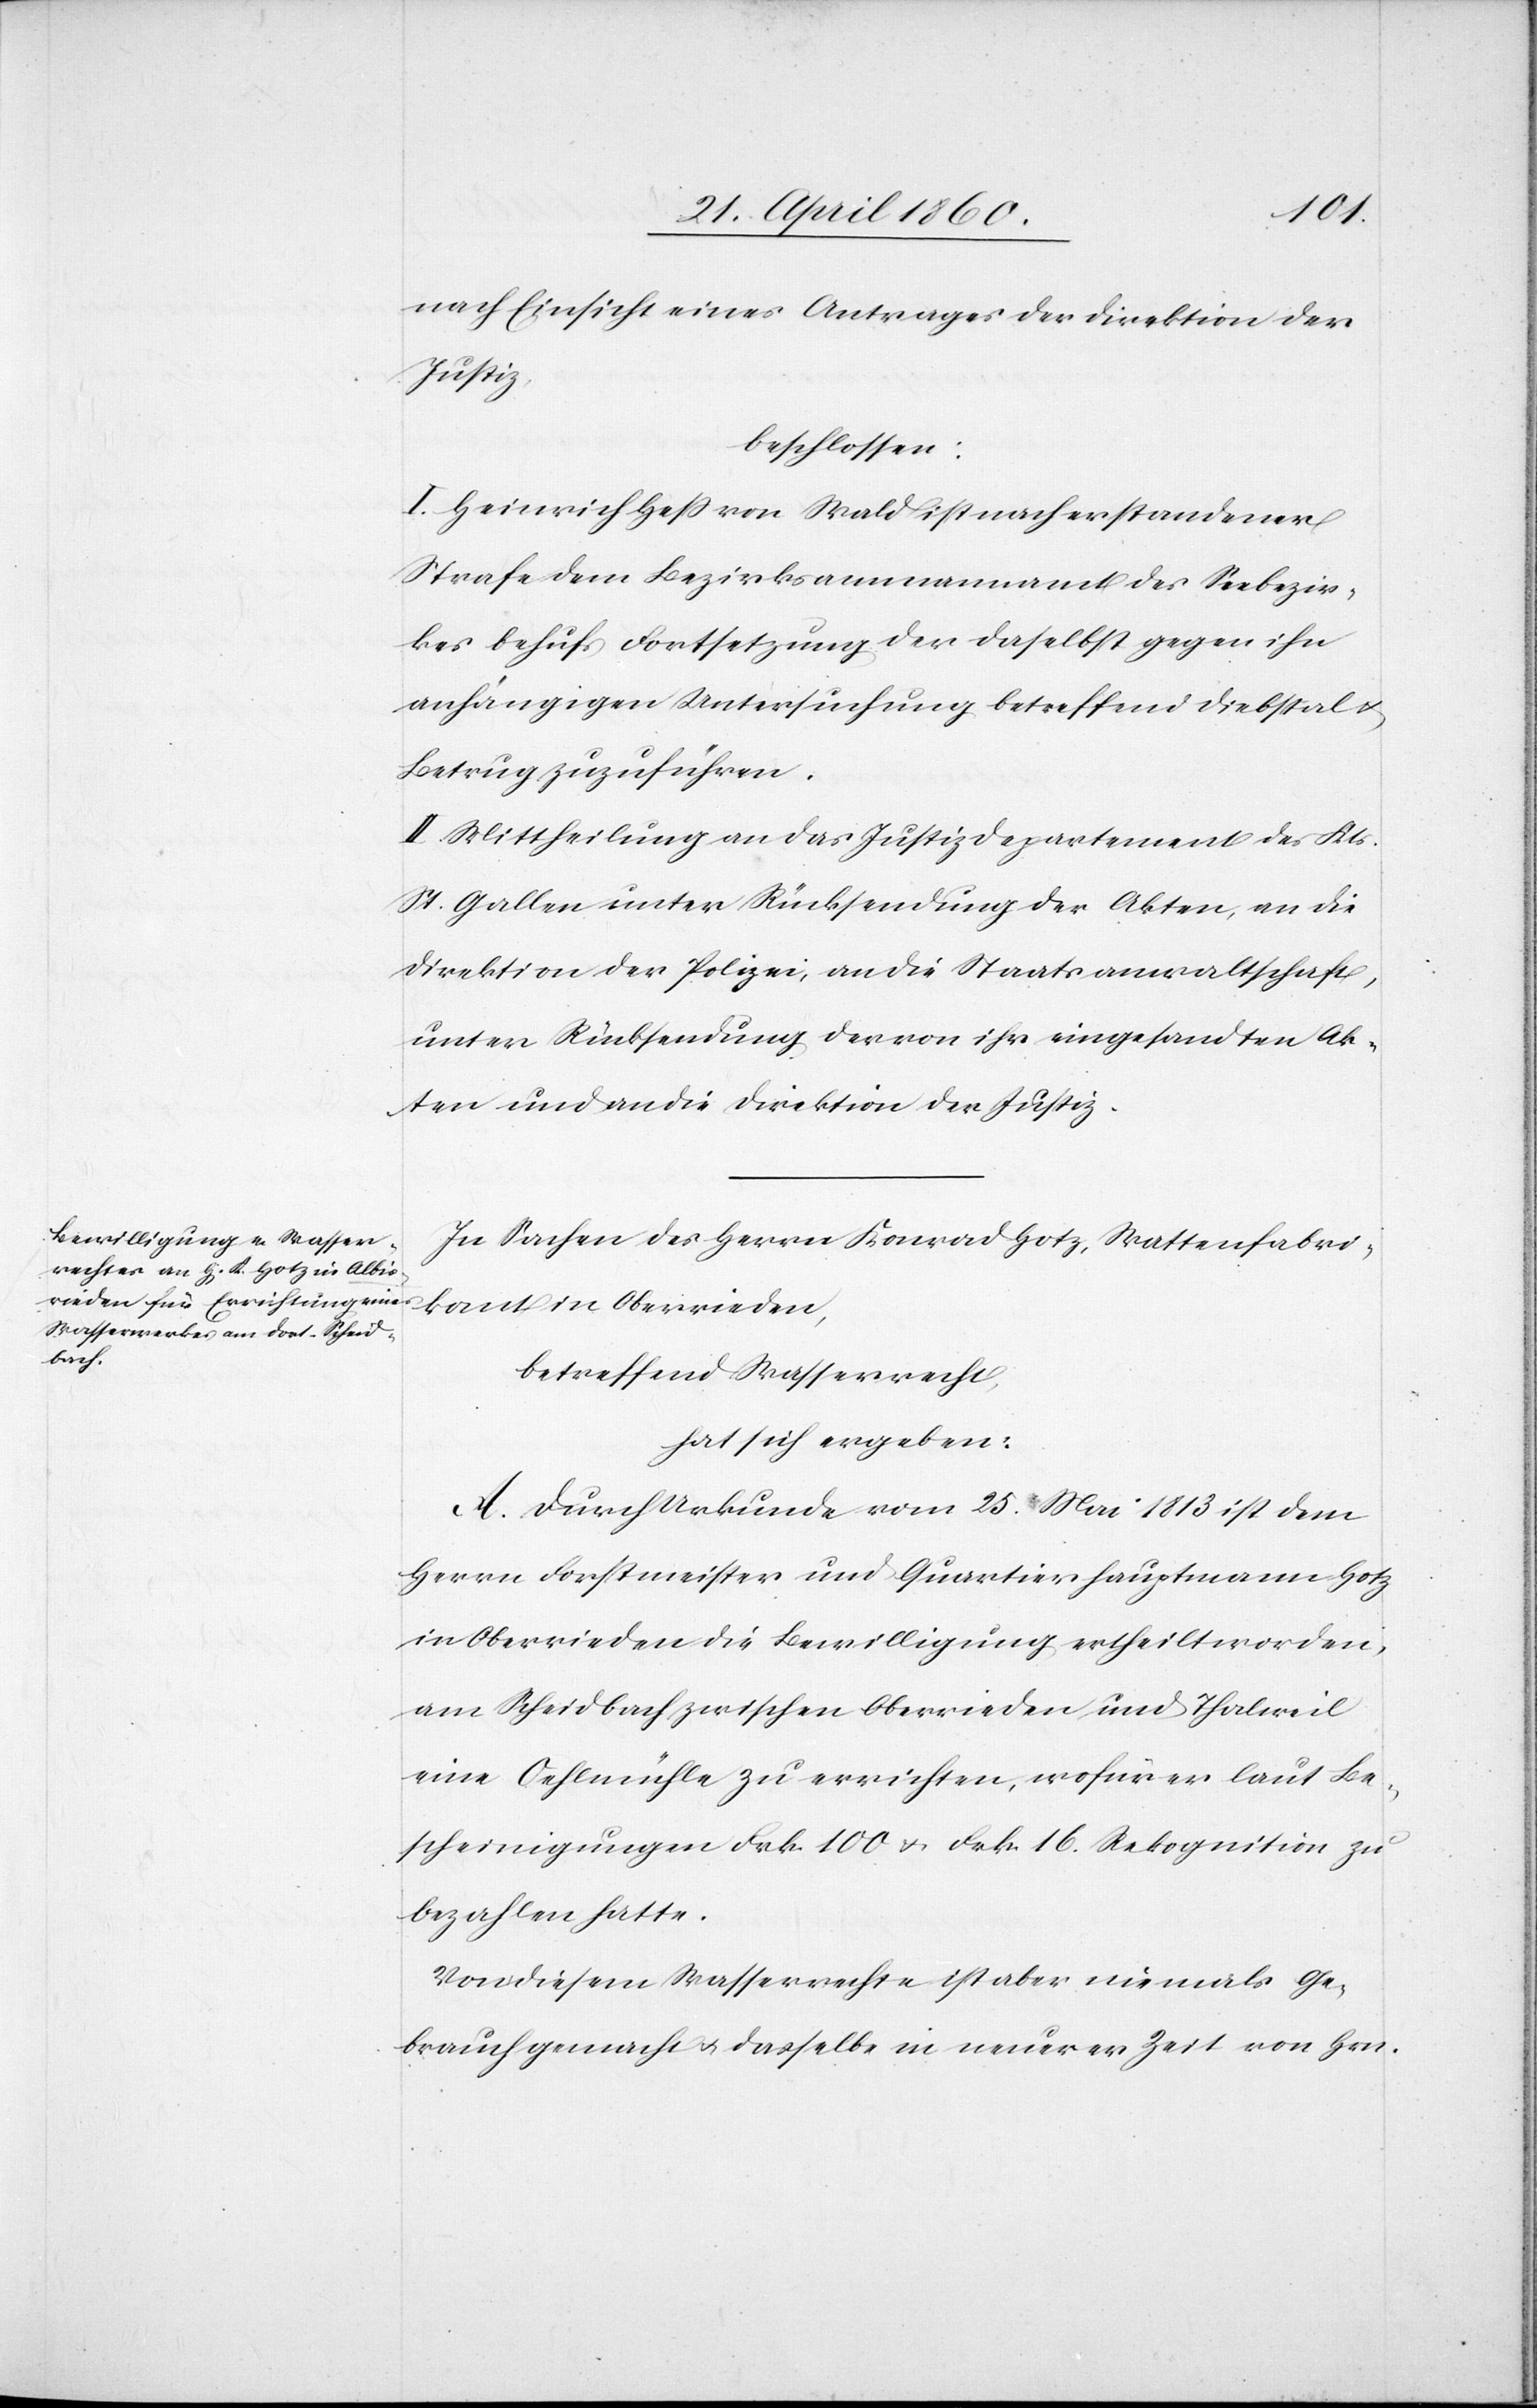
nach Einsicht eines Antrages der Direktion der
Justiz,
beschlossen:
I. Heinrich Hess von Wald ist nach erstandener
Strafe dem Bezirksammannamt des Seebezir¬
kes behufs Fortsetzung der daselbst gegen ihn
anhängigen Untersuchung betreffend Diebstal u.
Betrug zuzuführen.
II. Mittheilung an das Justizdepartement des Kts.
St. Gallen unter Rücksendung der Akten, an die
Direktion der Polizei, an die Staatsanwaltschaft,
unter Rücksendung der von ihr eingesandten Ak¬
ten und an die Direktion der Justiz.
In Sachen des Herrn Konrad Hotz, Wattenfabri¬
kant in Oberrieden,
betreffend Wasserrecht,
hat sich ergeben:
A. Durch Urkunde vom 25. Mai 1813 ist dem
Herrn Forstmeister und Quartierhauptmann Hotz
in Oberrieden die Bewilligung ertheilt worden,
am Scheidbach zwischen Oberrieden und Thalweil
eine Oehlmühle zu errichten, wofür er laut Be¬
scheinigungen Frk. 100 u. Frk. 16 Rekognition zu
bezahlen hatte.
Von diesem Wasserrecht ist aber niemals Ge¬
brauch gemacht u. dasselbe in neuerer Zeit von Hrn.